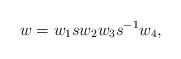
LaTeX: \begin{align*}w=w_1 s w_2 w_3 s^{-1} w_4,\end{align*}